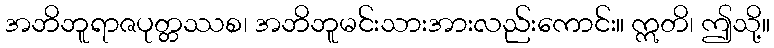
အဘိဘူရာဇပုတ္တဿစ၊ အဘိဘူမင်းသားအားလည်းကောင်း။ ဣတိ၊ ဤသို့။